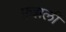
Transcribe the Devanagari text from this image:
फ़झली